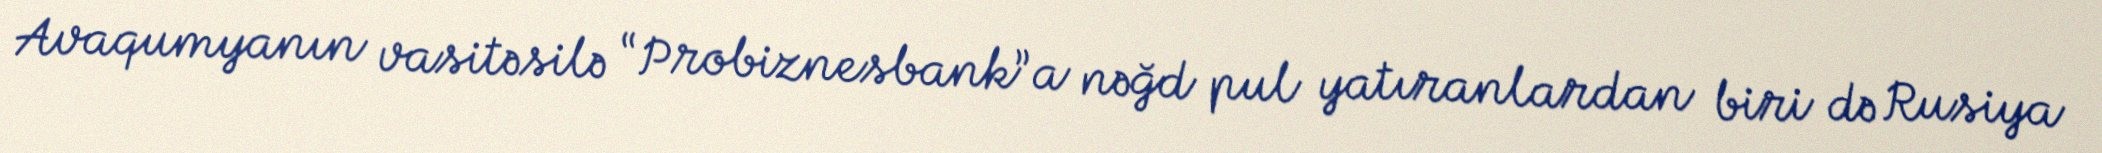
Avaqumyanın vasitəsilə “Probiznesbank”a nəğd pul yatıranlardan biri də Rusiya